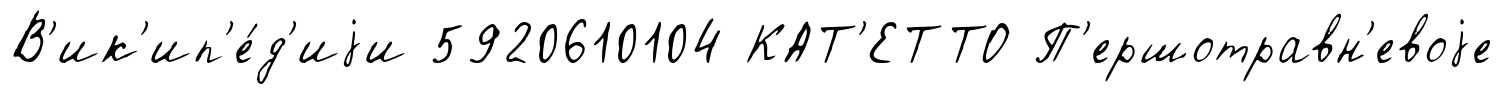
В'ик'ип'е́д'иjи 5920610104 КАТ'ЕТТО П'ершотравн'евоjе